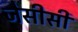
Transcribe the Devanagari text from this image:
जेसीसी